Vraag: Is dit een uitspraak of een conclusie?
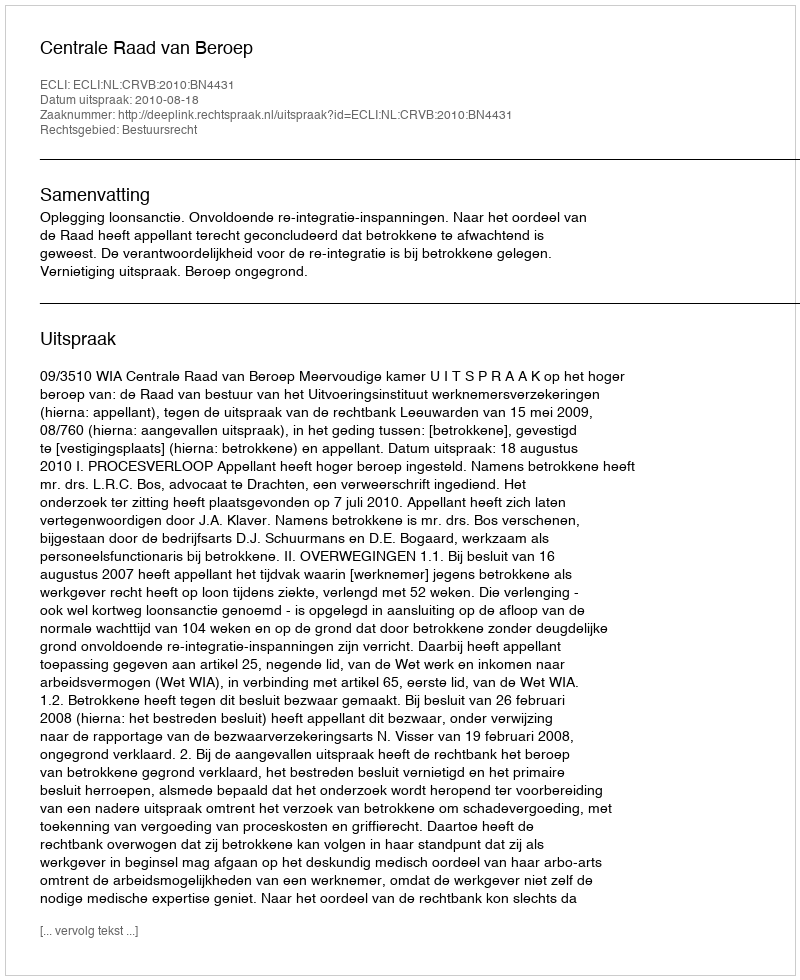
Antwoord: Uitspraak